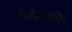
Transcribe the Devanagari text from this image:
सर्वयापी